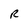
Character: R